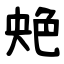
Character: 䒋